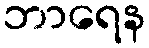
ဘာရေန